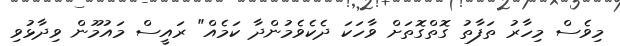
މިވެސް މިހާރު ތަފާތު ގޮތްގޮތަށް ވާހަކަ ދެކެވެމުންދާ ކަމެއް" ރައީސް މައުމޫން ވިދާޅުވި